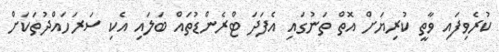
ކުރެވިފައި ވާތީ ކުރިޔަށް އޮތް ތަނުގައި އެފަދަ ޓްރެންޑުތައް ބަލައި އެކި ސަރަހައްދުތަކަށް